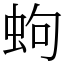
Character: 蚼